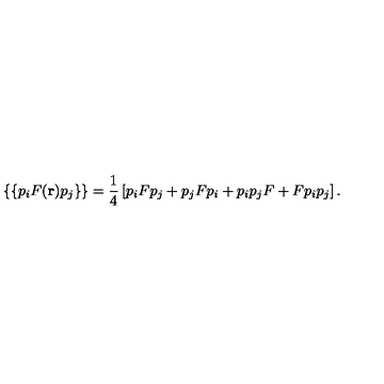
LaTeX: \{ \{ p _ { i } F ( { \bf r } ) p _ { j } \} \} = \frac { 1 } { 4 } \left[ p _ { i } F p _ { j } + p _ { j } F p _ { i } + p _ { i } p _ { j } F + F p _ { i } p _ { j } \right] .